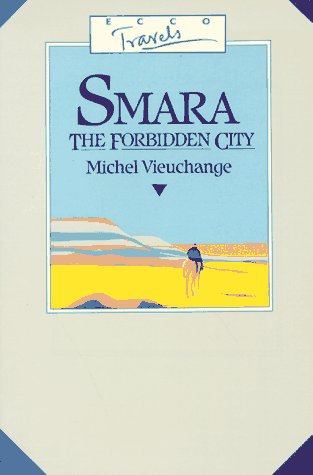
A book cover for Smara, the Forbidden City: Being the Journal of Michel Vieuchange While Travelling Among the Independent Tribes of South Morocco and Rio De Oro (Ecco Travels); Michel Vieuchange; Travel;